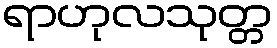
ရာဟုလသုတ္တ